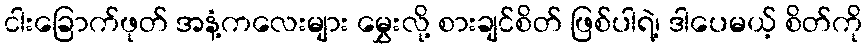
ငါးခြောက်ဖုတ် အနံ့ကလေးများ မွှေးလို့ စားချင်စိတ် ဖြစ်ပါရဲ့၊ ဒါပေမယ့် စိတ်ကို